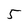
Character: 5